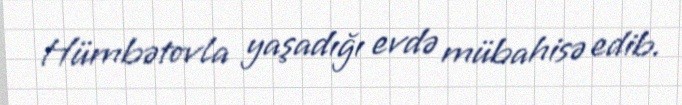
Hümbətovla yaşadığı evdə mübahisə edib.